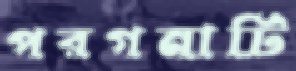
পরগনাটি